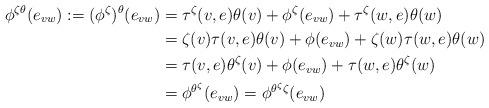
LaTeX: \begin{align*}\phi^{\zeta\theta}(e_{vw}) := (\phi^\zeta)^\theta(e_{vw}) &= \tau^\zeta(v,e)\theta(v) + \phi^\zeta(e_{vw}) + \tau^\zeta(w,e)\theta(w) \\&= \zeta(v)\tau(v,e)\theta(v) + \phi(e_{vw}) + \zeta(w)\tau(w,e)\theta(w) \\&= \tau(v,e)\theta^\zeta(v) + \phi(e_{vw}) + \tau(w,e)\theta^\zeta(w) \\&= \phi^{\theta^\zeta}(e_{vw}) = \phi^{\theta^\zeta \zeta}(e_{vw}) \end{align*}